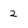
Character: 2